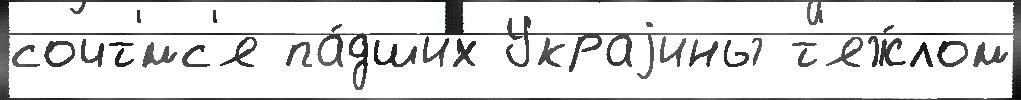
сочт'́мс'я па́дших Украjины т'яж́лом